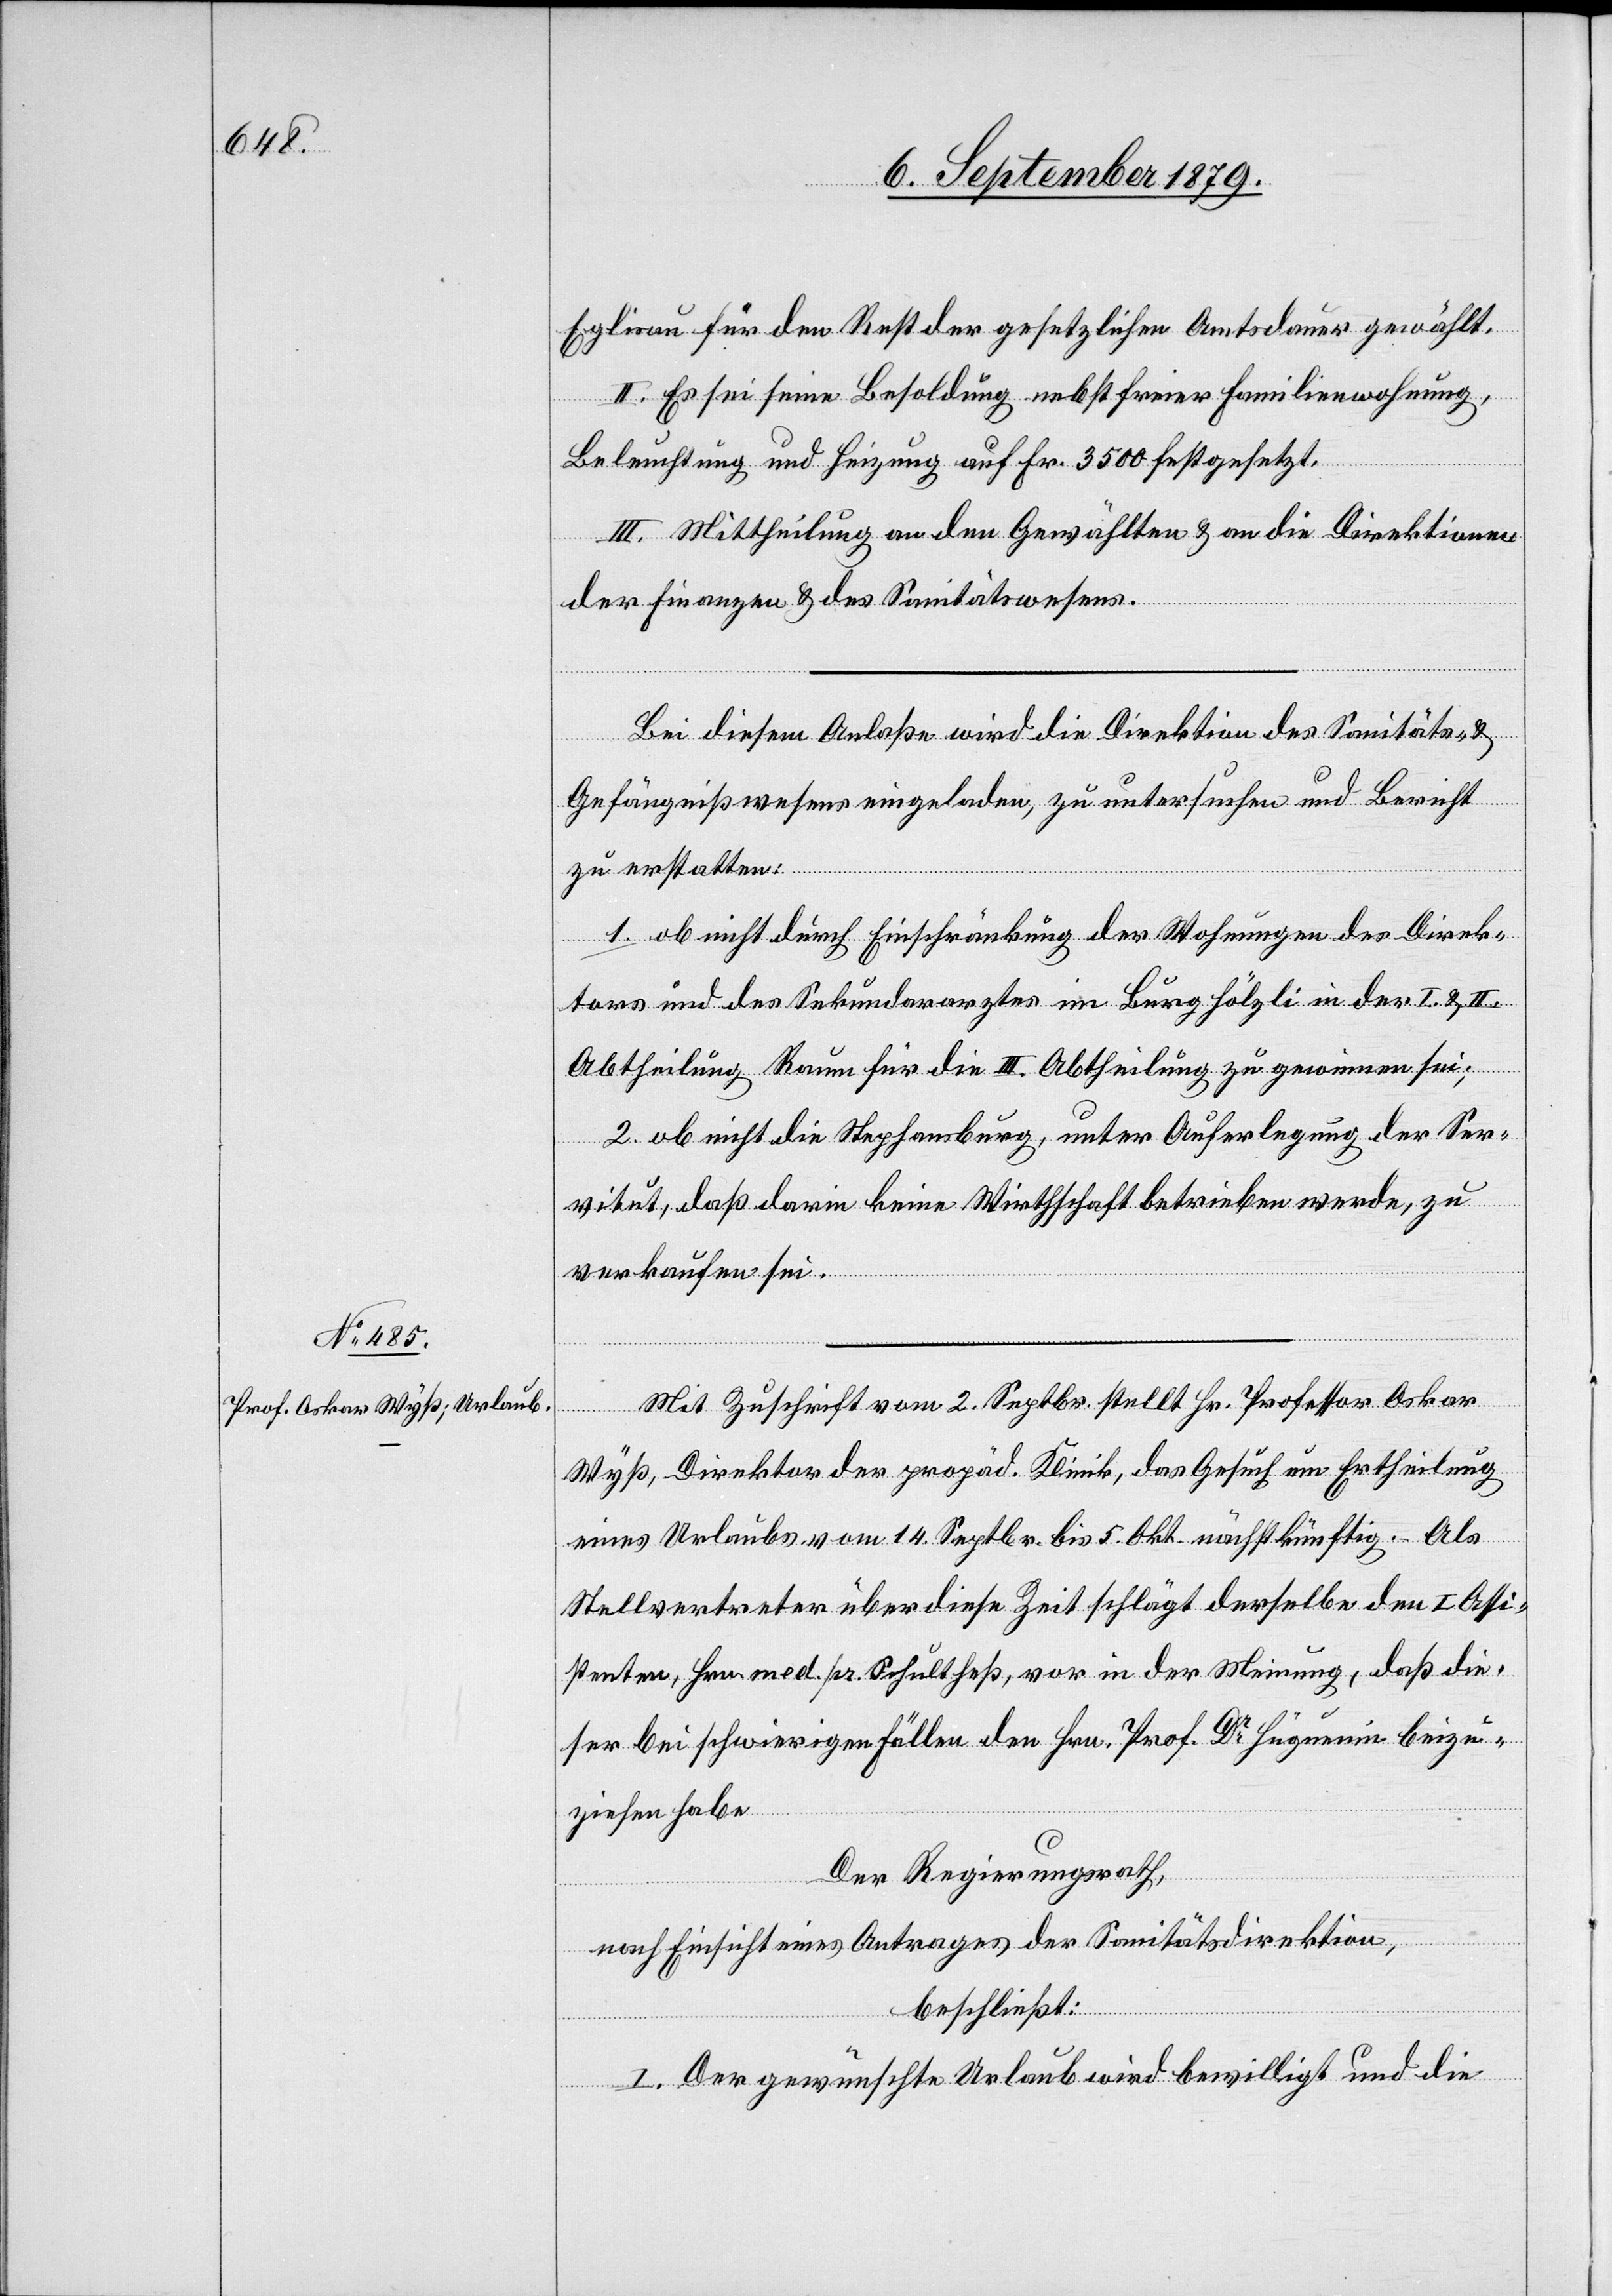
Eglisau für den Rest der gesetzlichen Amtsdauer gewählt.
II. Es sei seine Besoldung nebst freier Familienwohnung,
Beleuchtung und Heizung auf Fr. 3500 festgesetzt.
III. Mittheilung an den Gewählten & an die Direktionen
der Finanzen & des Sanitätswesens.
Bei diesem Anlaße wird die Direktion des Sanitäts- &
Gefängnißwesens eingeladen, zu untersuchen und Bericht
zu erstatten:
1. ob nicht durch Einschränkung der Wohnungen des Direk¬
tors und des Sekundararztes im Burghölzli in der I. & II.
Abtheilung Raum für die III. Abtheilung zu gewinnen sei;
2. ob nicht die Stephansburg, unter Auferlegung der Ser¬
vitut, daß darin keine Wirthschaft betrieben werde, zu
verkaufen sei.
Mit Zuschrift vom 2. Septbr. stellt Hr. Professor Oskar
Wyß, Direktor der propäd. Klinik, das Gesuch um Ertheilung
eines Urlaubes vom 14. Septbr. bis 5. Okt. nächstkünftig. Als
Stellvertreter über diese Zeit schlägt derselbe den I. Assi¬
stenten, Hrn. med. pr. Schultheß, vor in der Meinung, daß die¬
ser bei schwierigen Fällen den Hrn. Prof. Dr Hüguenin beizu¬
ziehen habe.
Der Regierungsrath,
nach Einsicht eines Antrages der Sanitätsdirektion,
beschließt:
I. Der gewünschte Urlaub wird bewilligt und die